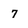
Character: 7